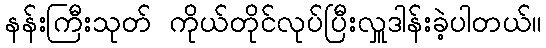
နန်းကြီးသုတ် ကိုယ်တိုင်လုပ်ပြီးလှူဒါန်းခဲ့ပါတယ်။